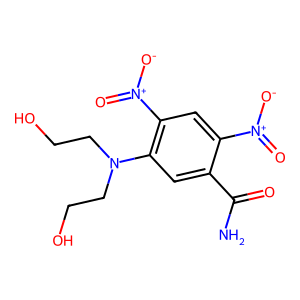
SMILES: NC(=O)c1cc(N(CCO)CCO)c([N+](=O)[O-])cc1[N+](=O)[O-]
Inhibits HIV replication: No